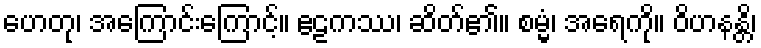
ဟေတု၊ အကြောင်းကြောင့်။ ဧဠကဿ၊ ဆိတ်၏။ စမ္မံ၊ အရေကို။ ဝိဟနန္တိ၊